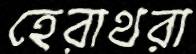
হেরাথরা